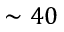
\sim 4 0